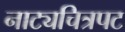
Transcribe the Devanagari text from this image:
नाट्यचित्रपट